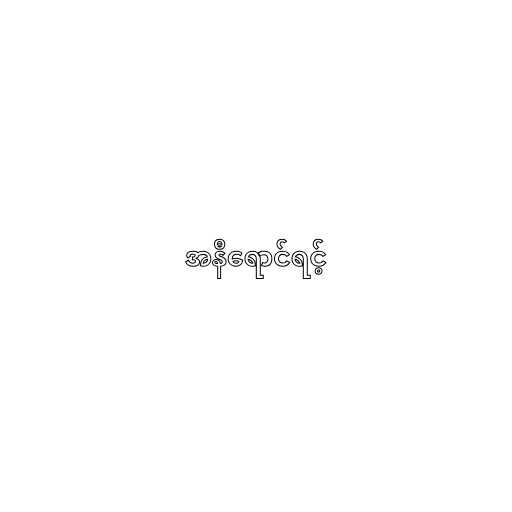
အနီရောင်ရင့်